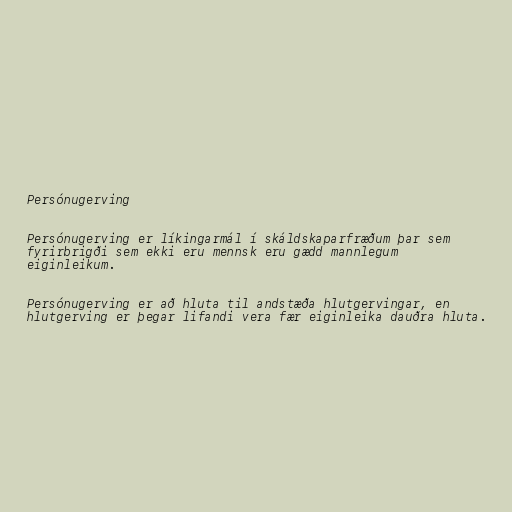
Persónugerving

Persónugerving er líkingarmál í skáldskaparfræðum þar sem
fyrirbrigði sem ekki eru mennsk eru gædd mannlegum
eiginleikum.

Persónugerving er að hluta til andstæða hlutgervingar, en
hlutgerving er þegar lifandi vera fær eiginleika dauðra hluta.